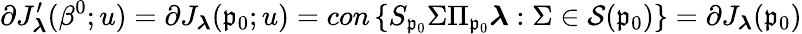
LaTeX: \partial J_{\boldsymbol{\lambda}}^{\prime}(\beta^{0};u)=\partial J_{\boldsymbol{\lambda}}(\mathfrak{p}_{0};u)=con\left\{ S_{\mathfrak{p}_{0}}\Sigma\Pi_{\mathfrak{p}_{0}}\boldsymbol{\lambda}:\Sigma\in\mathcal{S}(\mathfrak{p}_{0})\right\} =\partial J_{\boldsymbol{\lambda}}(\mathfrak{p}_{0})